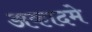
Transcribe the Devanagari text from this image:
अकादमे